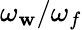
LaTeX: \omega_{\mathbf{w}}/\omega_{f}